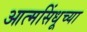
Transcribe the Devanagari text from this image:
आत्मसिंधूच्या